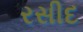
રસીદ